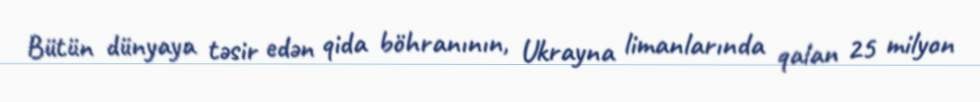
Bütün dünyaya təsir edən qida böhranının, Ukrayna limanlarında qalan 25 milyon